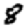
Digit: 8